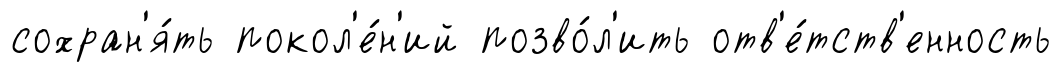
сохран'я́ть покол'е́н'ий позво́л'ить отв'е́тств'енность